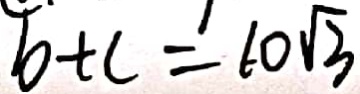
b + c = 6 0 \sqrt { 3 }